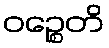
ဝဉ္စေတိ